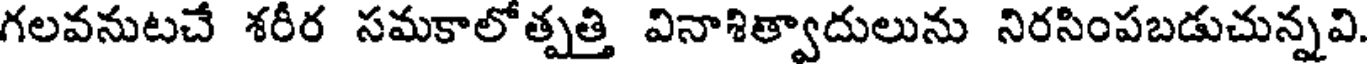
గలవనుటచే శరీర సమకాలోత్పత్తి వినాశిత్వాదులును నిరసింపబడుచున్నవి.